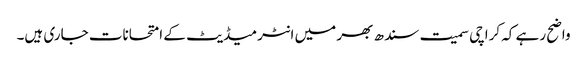
واضح رہے کہ کراچی سمیت سندھ بھر میں انٹرمیڈیٹ کے امتحانات جاری ہیں۔